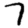
Digit: 7